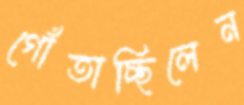
গোঁতাচ্ছিলেন